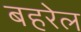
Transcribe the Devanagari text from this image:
बहरेल